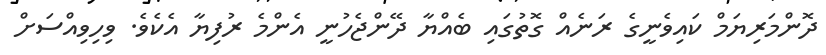
ދޮންމަރިޔަމް ކައިވެނީގެ ރަނެއް ގޮތުގައި ބެއްޔާ ދޭންޖެހުނީ އެންމެ ރުފިޔާ އެކެވެ. ވިހިވިއްސަށް